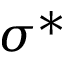
\sigma ^ { \ast }